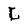
Character: L